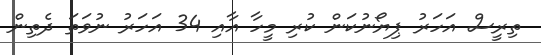
ތިރީސް އަހަރު ޕިޔޯނުކަން ކުރި މީހާ އާއި 34 އަހަރު ނުވަތަ ދެތިން